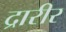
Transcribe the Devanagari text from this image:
द्रारीर